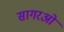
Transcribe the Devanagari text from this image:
सागरओं